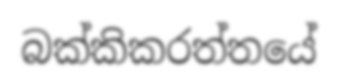
බක්කිකරත්තයේ